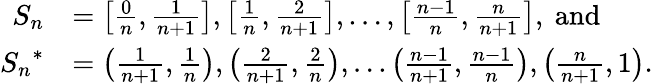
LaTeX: \begin{array}{rl}{S_{n}}&{=\left[\frac 0n,\frac 1{n+1}\right],\left[\frac 1n,\frac{2}{n+1}\right],\ldots,\left[\frac{n-1}n,\frac n{n+1}\right],\mathrm{~and~}}\\ {{S_{n}}^{*}}&{=\left(\frac{1}{n+1},\frac{1}{n}\right),\left(\frac{2}{n+1},\frac{2}{n}\right),\ldots\left(\frac{n-1}{n+1},\frac{n-1}{n}\right),\left(\frac{n}{n+1},1\right).}\end{array}